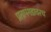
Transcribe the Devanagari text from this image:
प्रतापगडावरच